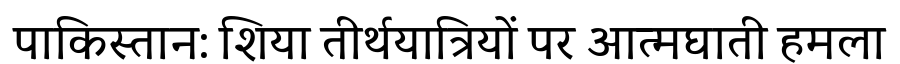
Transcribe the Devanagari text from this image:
पाकिस्तान: शिया तीर्थयात्रियों पर आत्मघाती हमला